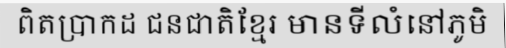
ពិតប្រាកដ ជនជាតិខ្មែរ មានទីលំនៅភូមិ